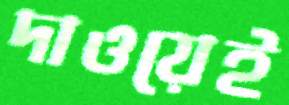
দাওয়েই